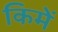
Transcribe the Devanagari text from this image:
किमें